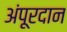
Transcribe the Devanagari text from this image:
अंपूरदान